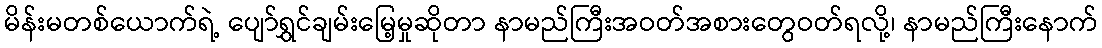
မိန်းမတစ်ယောက်ရဲ့ ပျော်ရွှင်ချမ်းမြေ့မှုဆိုတာ နာမည်ကြီးအဝတ်အစားတွေဝတ်ရလို့၊ နာမည်ကြီးနောက်